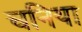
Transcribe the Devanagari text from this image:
चनिया